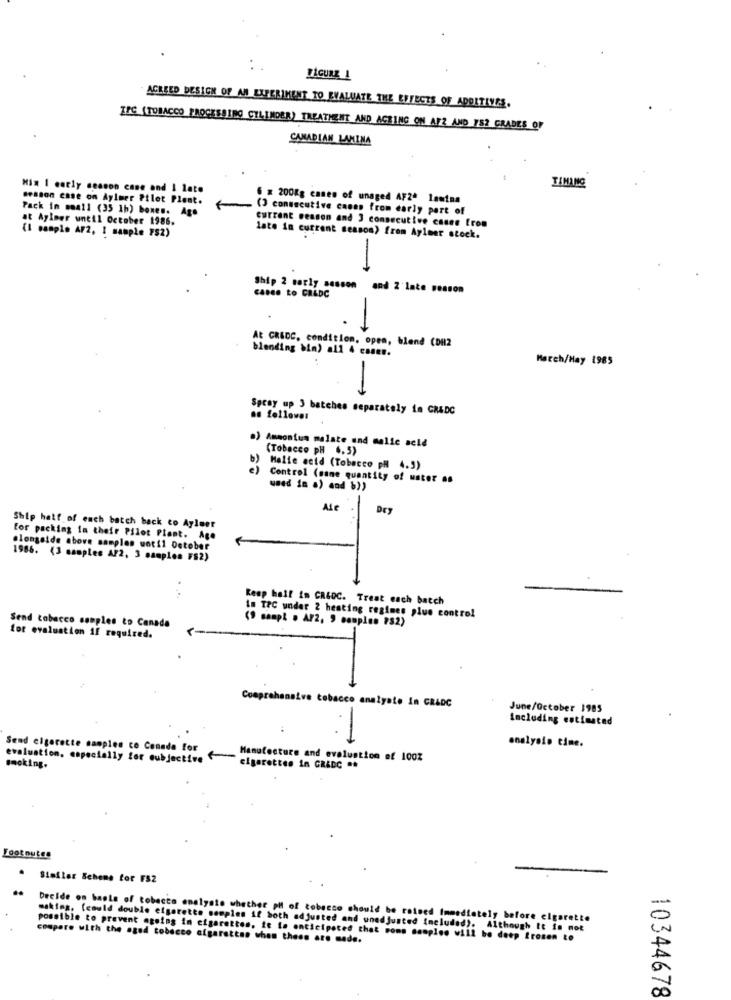
AGREED DESIGN OF AN EXPERIMENT TO EVALUATE THE EFFECTS OF ADDITIVES.
IFC (TOBACCO PROCESSING CILINDER) TREATMENT AND AGEING ON AF2 AND 752 GRADES OF
CANADIAN LAMINA
TIMING
Mix I carly season cane and I late
Besson case on Aylmer Pilot Plent.
6 = 200Kg cases of unaged AF2ª lamina
Pack in moall (35 1b) bones. Age
. (3 consecutive canes from early part of
at Ayimer until October 1986.
current season and 3 consecutive cases from
(I sample AF2, 1 sample FS2)
late in current season) from Ayleer stock.
-
Ship 2 carly sesson
and 2 late season
casee to CALDC
blending bin) all 4 cases.
At CREDC, condition, open, blend (DH2
March/May 1985
-
Spray up 3 batches separately in GRADC
as follower
.) Ammonium malate and malie seld
(Tobacco pH 4.5)
Halie acid (Tobacco pH 4.3)
Control (sane quantity of water as
used in a) and b))
Ale
DEy
. .
Ship half of each batch back to Aylaet
For packing in their Pilot Plant. Age
alongside above samples wotil October
1986. (3 samples A/2, 3 samples FS2)
Resp hall in CRLOC. Treat each batch
im TPC under 2 heating regimes plus control
(9 sampl . Af2, 9 samples #82)
Send tobacco samples to Canada
for evaluation if required.
Comprehensive tobacco analyste in GRADC
June/October 1985
Including estimated
-
Send cigarette samples co Canada for
onalyalo time.
evaluation, especially for subjective
_Manufacture and evaluation of 100%
smoking.
cigarettes in GRADC **
Foot nutes
Similar Scheme for F52
Decide on baole of tobacco analysis whether ph of tobacco should be raised Immediately before cigarette
maktes. (could double cigarette samples if both adjusted and unadjusted included). Although It is mot
compare with the aged tobacco algarattan when these are mede.
possible to prevent ageing in cigarettes, it to anticipoted that roms samples will be deep frozen to
10344678